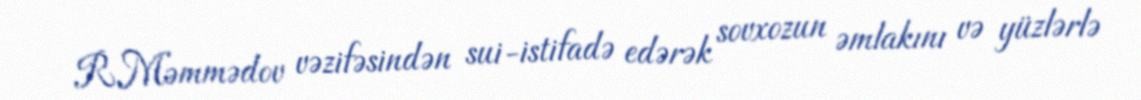
R.Məmmədov vəzifəsindən sui-istifadə edərək sovxozun əmlakını və yüzlərlə